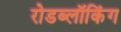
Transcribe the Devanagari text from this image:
रोडब्लॉकिंग